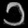
Digit: ၁